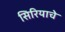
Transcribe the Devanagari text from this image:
सिरियाचे